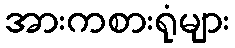
အားကစားရုံများ